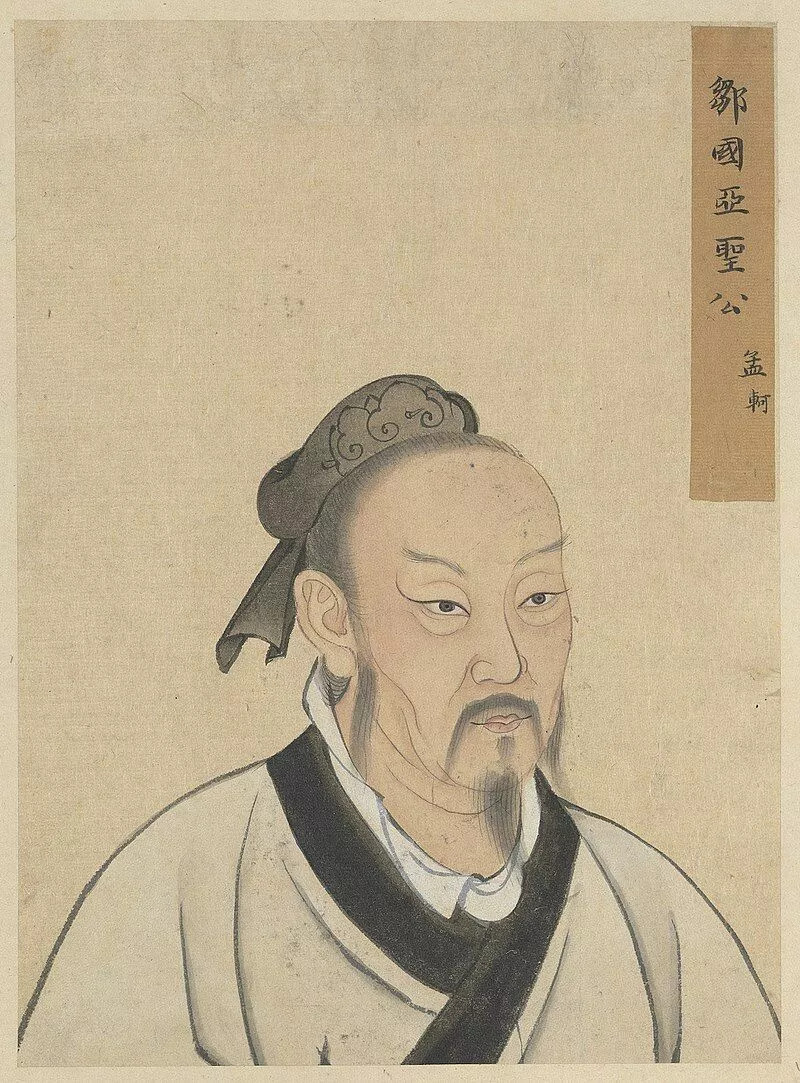
不以文害辞，不以辞害志。以意逆志，是为得之。